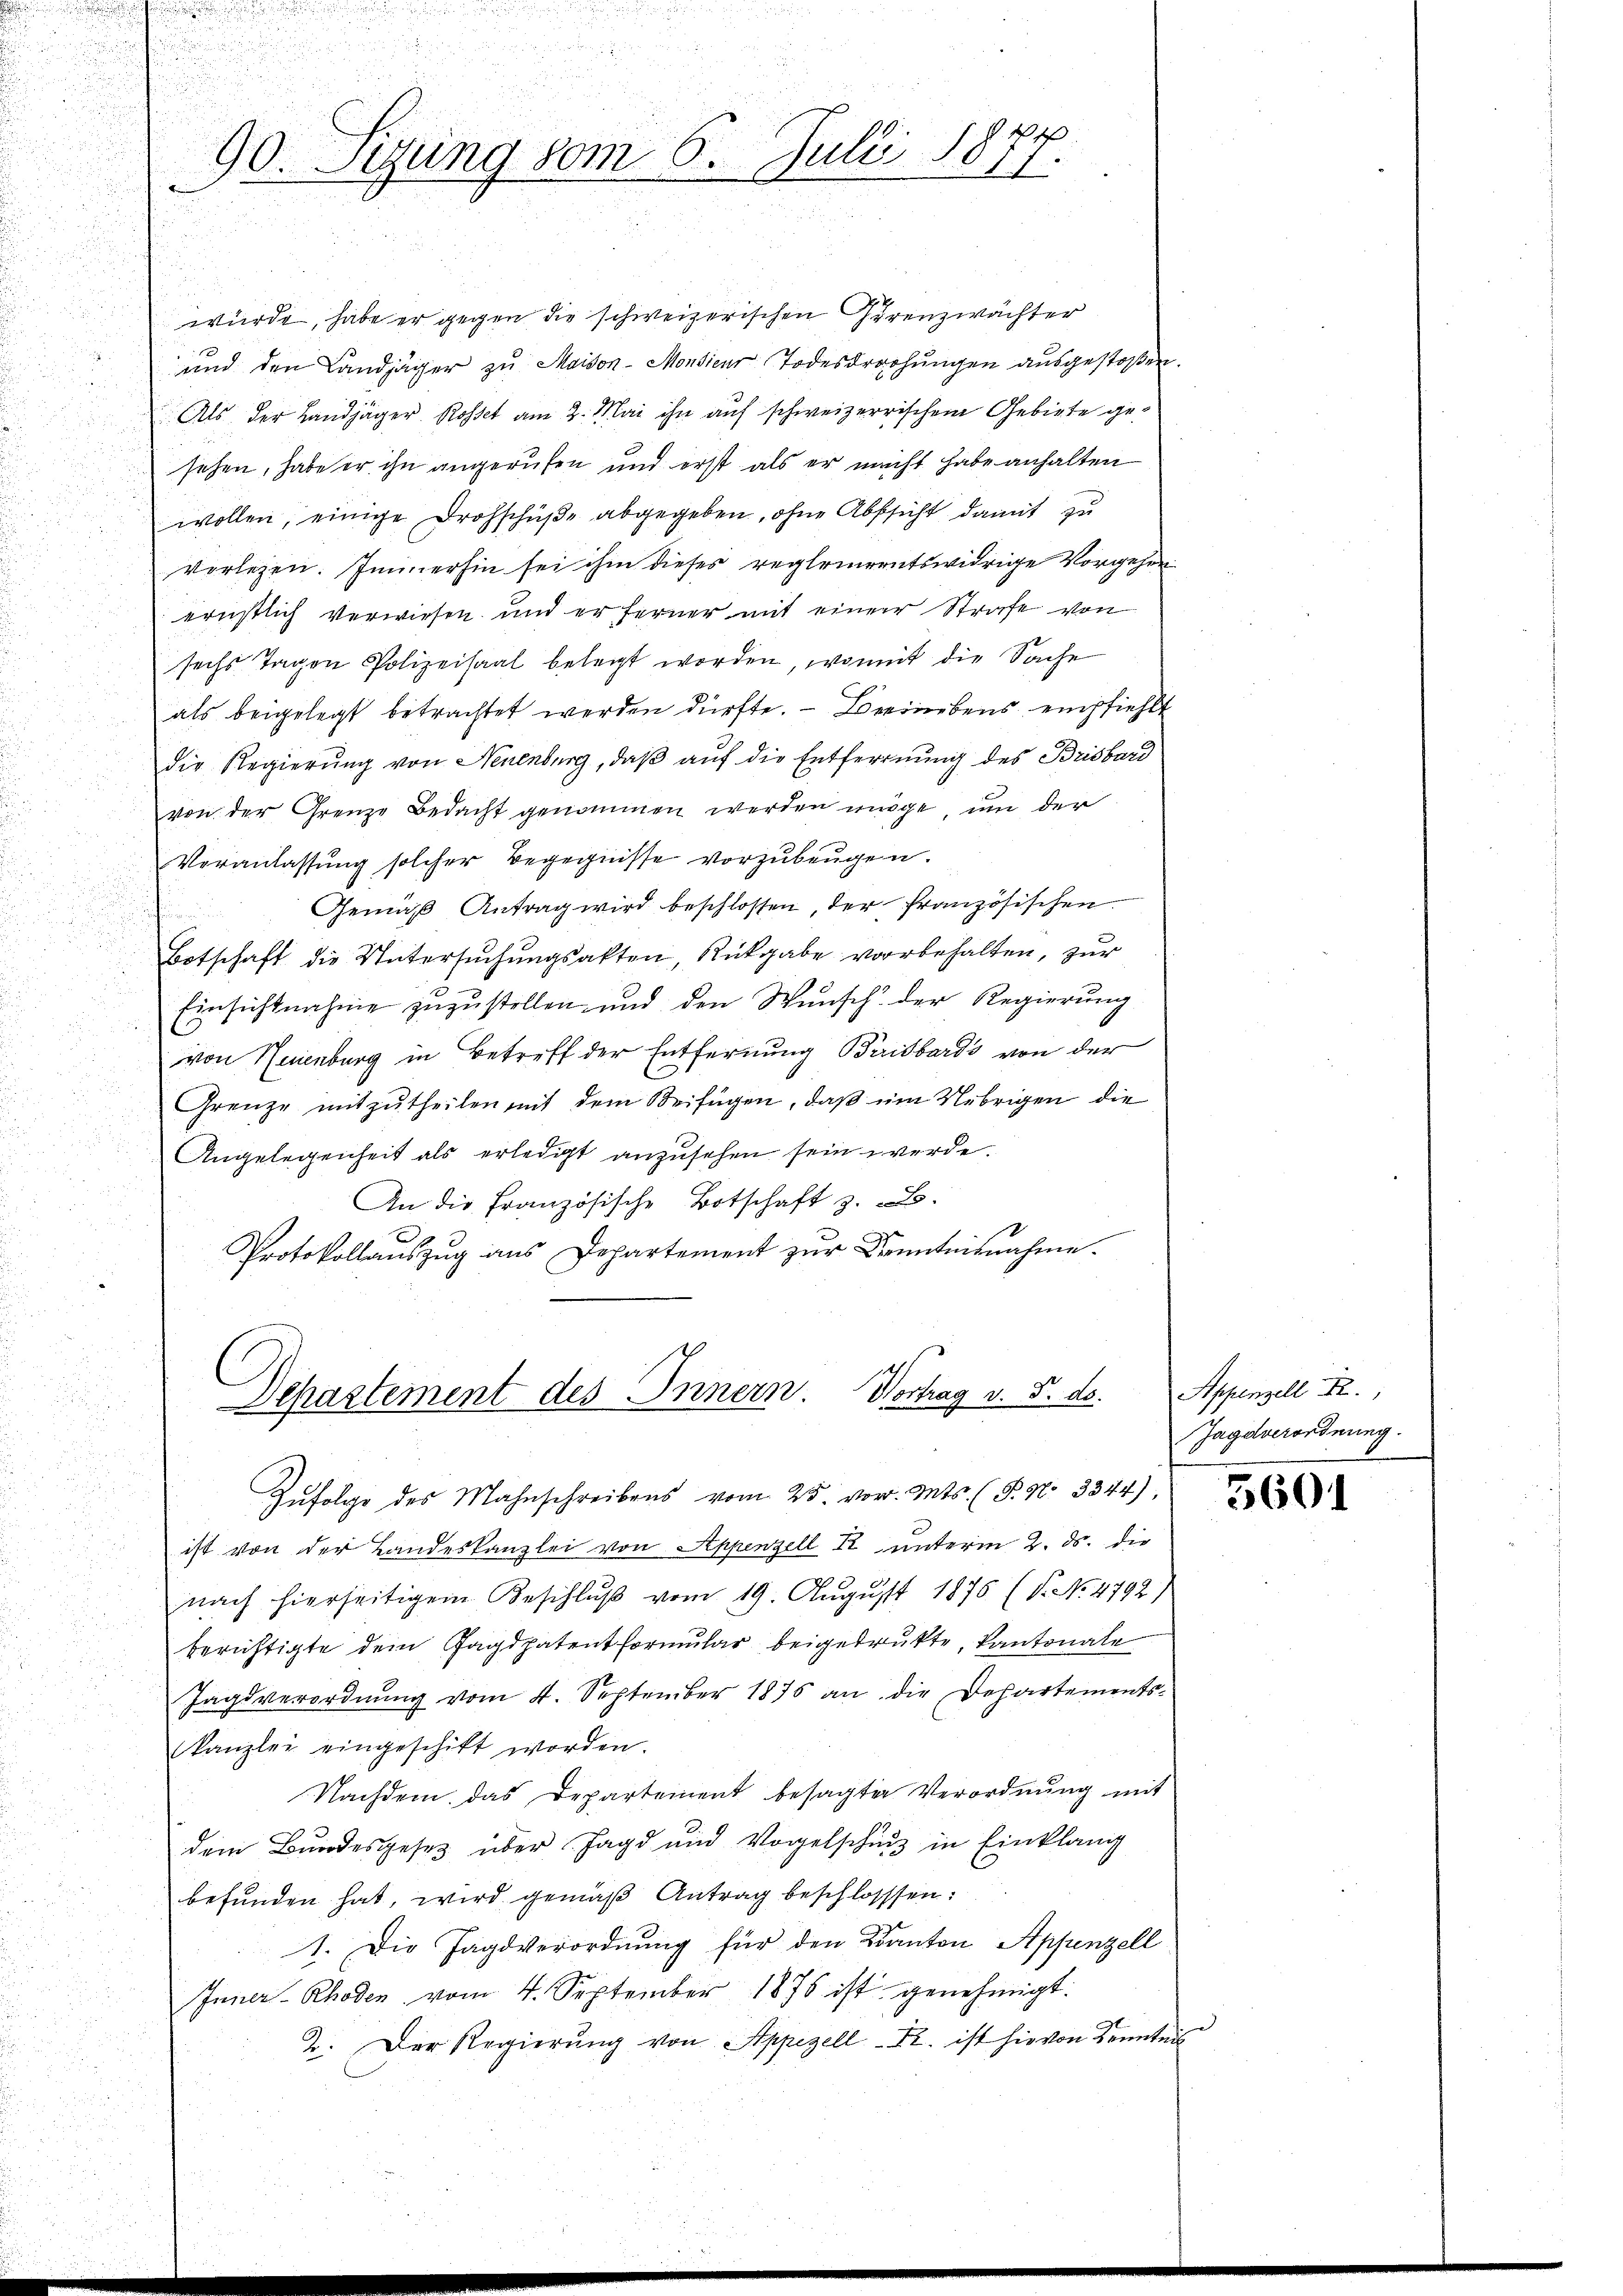
u

90. Sitzung vom 6. Juli 1877.

u
würde, habe er gegen die schweizerischen Irrenzwächter
und den Landjäger zŭ Maison-Monsieur Todesdrohŭngen aŭsgestoβen.
Als der Landjäger Rosset am 2. Mai ihn auf schweizerrischem Gebiete gesehen, habe er ihn angerufen und erst als er nacht habe anhalten
wollen, einige Drohschüße abgegeben, ohne Absicht damit zu
vorlesen. Immerhin sei ihm dieses reglementswidrige Vorgehen
ernstlich verwiesen und er ferner mit einer Strafe von
sechs Tagen Polizeisaal belegt worden, womit die Sache
als beigelegt betrachtet werden dürfte. – Beeinebens empfiehlt
die Regierung von Neuenburg, daß auf die Entfernung des Brisbard
von der Grenze Bedacht genommen werden möge, um der
Veranlassung solcher Begegnisse vorzubeugen.
Gemäß Antrag wird beschlossen der französischen
Botschaft die Untersuchungsakten, Rückgabe vorbehalten, zur
Einsichtnahme zuzustellen und den Wunsch der Regierung
von Neuenburg in Betreff der Entfernung Birisbardi von der
Grenze mitzutheilen mit dem Beifügen, daß ein Uebrigen die
2
Angelegenheit als erledigt anzusehen sein werde.
An die französische Botschaft z. B.
Protokollauszug aus Departement zŭr Kenntnisnahme.
Departement des Innern. Vortrag v. 5. ds.

u
u
Zŭfolge des Mahnschreibens vom 25. vor. Mts. (T. No 3344)
ist von der Landeskanzlei von Appenzell R. unterm 2. ds. die
nach hierseitigem Beschlŭβ vom 19. Aŭgŭst 1876 (T. No 4792)
berichtigte dem Jagdpatentformular beigedrukte, kantonale
Jagsverordnung vom 4. September 1875 an die Departements-
kanzlei eingeschikt worden.
Nachdem das Departement besagter Verordnung mit
dem Bundesgesetz über Jagd und Vorgelschung in Einklang
befunden hat, wird gemäß Antrag beschlossen:
1. Die Jagdverordnung für den Kanton Appenzell
Inner-Rhoden vom 4. September 1875 ist genehmigt.
2. Der Regierung von Appenzell - Fr. ist hievon Kenntnis

Appenzell I.
Jagdverordnung.

d

3601